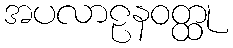
အပလာဠနဝတ္ထု